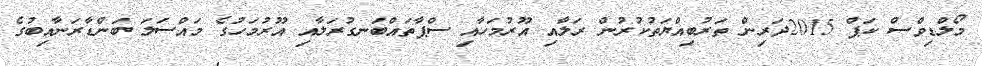
މޯލްޑިވްސް ކަޕް 2015ދަރިން ތަރުބިއްޔަތުކުރުން ރަލާއި އޫރުމަހާއި ސްޕާތައްބަނގުރަލާއި އޫރުމަހުގެ މައްސަލަ ބަންޑާރަނާއިބުގެ